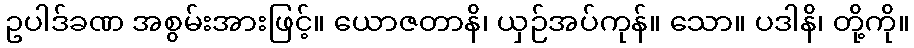
ဥပါဒ်ခဏ အစွမ်းအားဖြင့်။ ယောဇတာနိ၊ ယှဉ်အပ်ကုန်။ သော။ ပဒါနိ၊ တို့ကို။